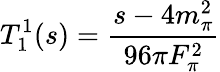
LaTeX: T_{1}^{1}(s)={\frac{s-4m_{\pi}^{2}}{96\pi F_{\pi}^{2}}}